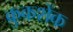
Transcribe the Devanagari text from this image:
क्रुकशेंक